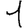
Digit: 1